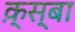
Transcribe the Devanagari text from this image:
क़्स्बा